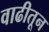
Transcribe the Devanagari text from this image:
वाढीतून